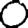
Digit: 0